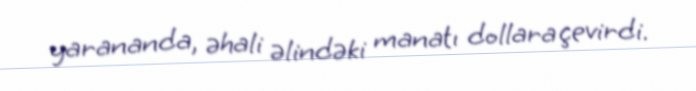
yarananda, əhali əlindəki manatı dollara çevirdi.